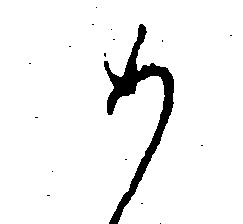
め